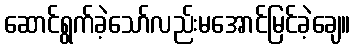
ဆောင်ရွက်ခဲ့သော်လည်းမအောင်မြင်ခဲ့ချေ။